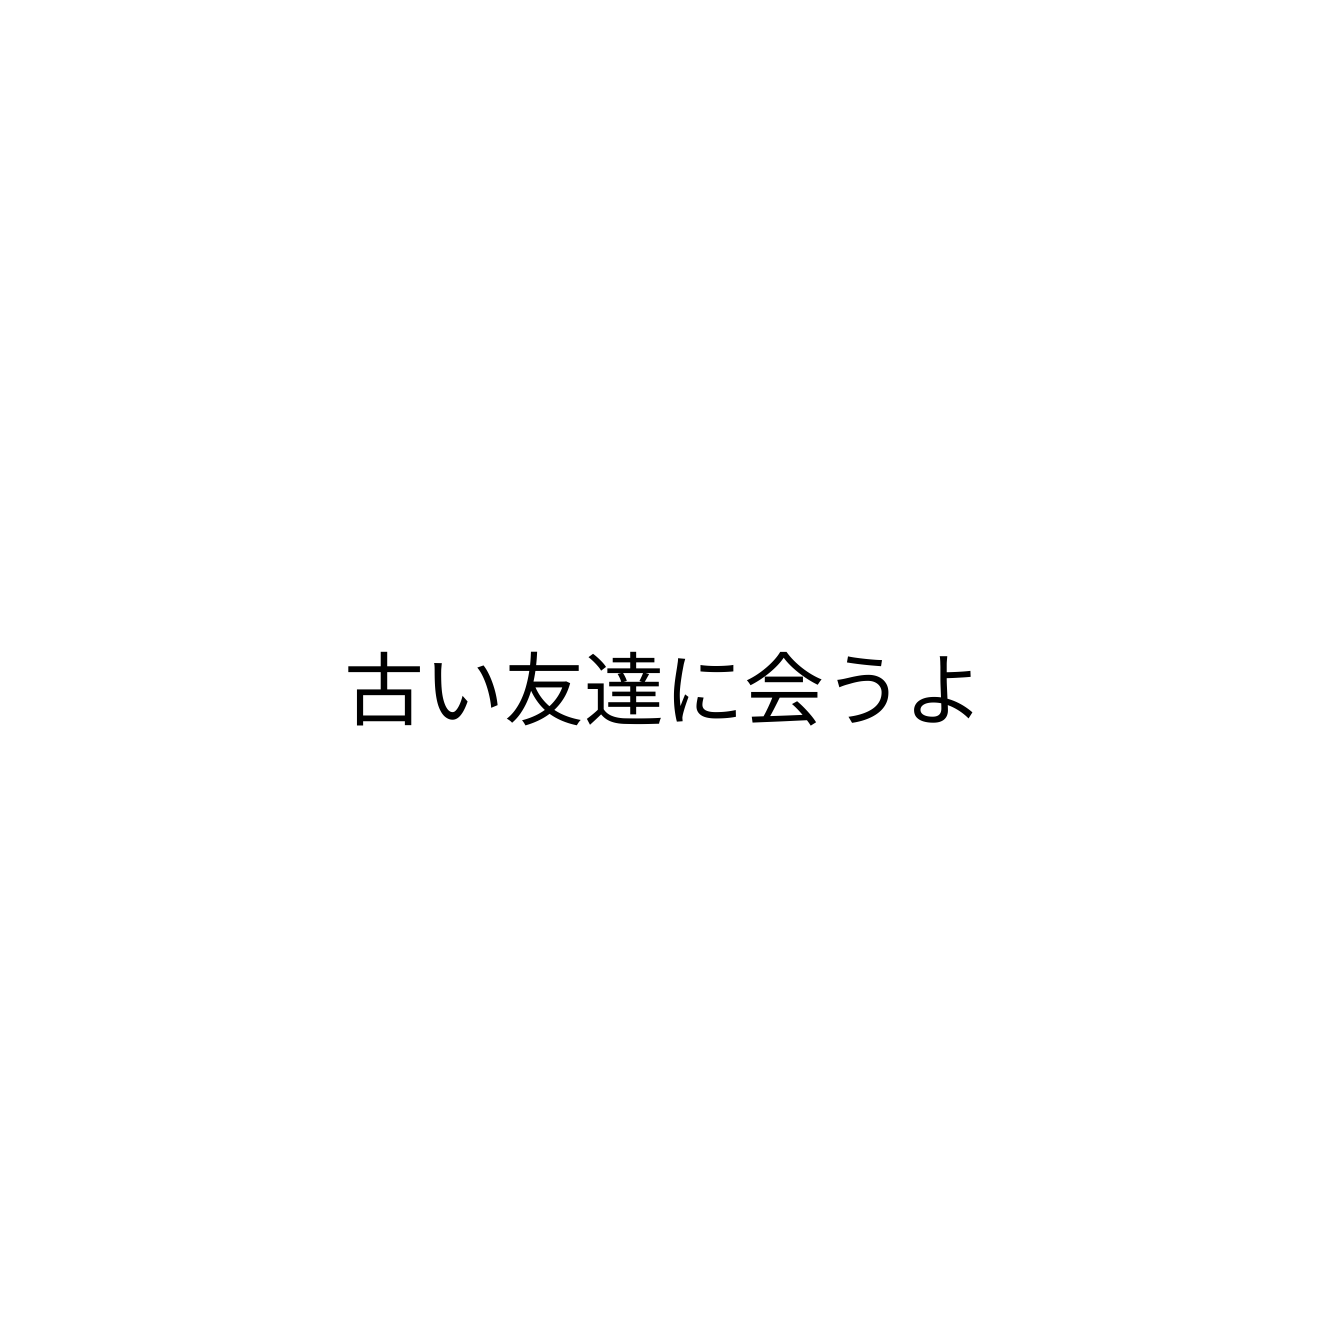
古い友達に会うよ